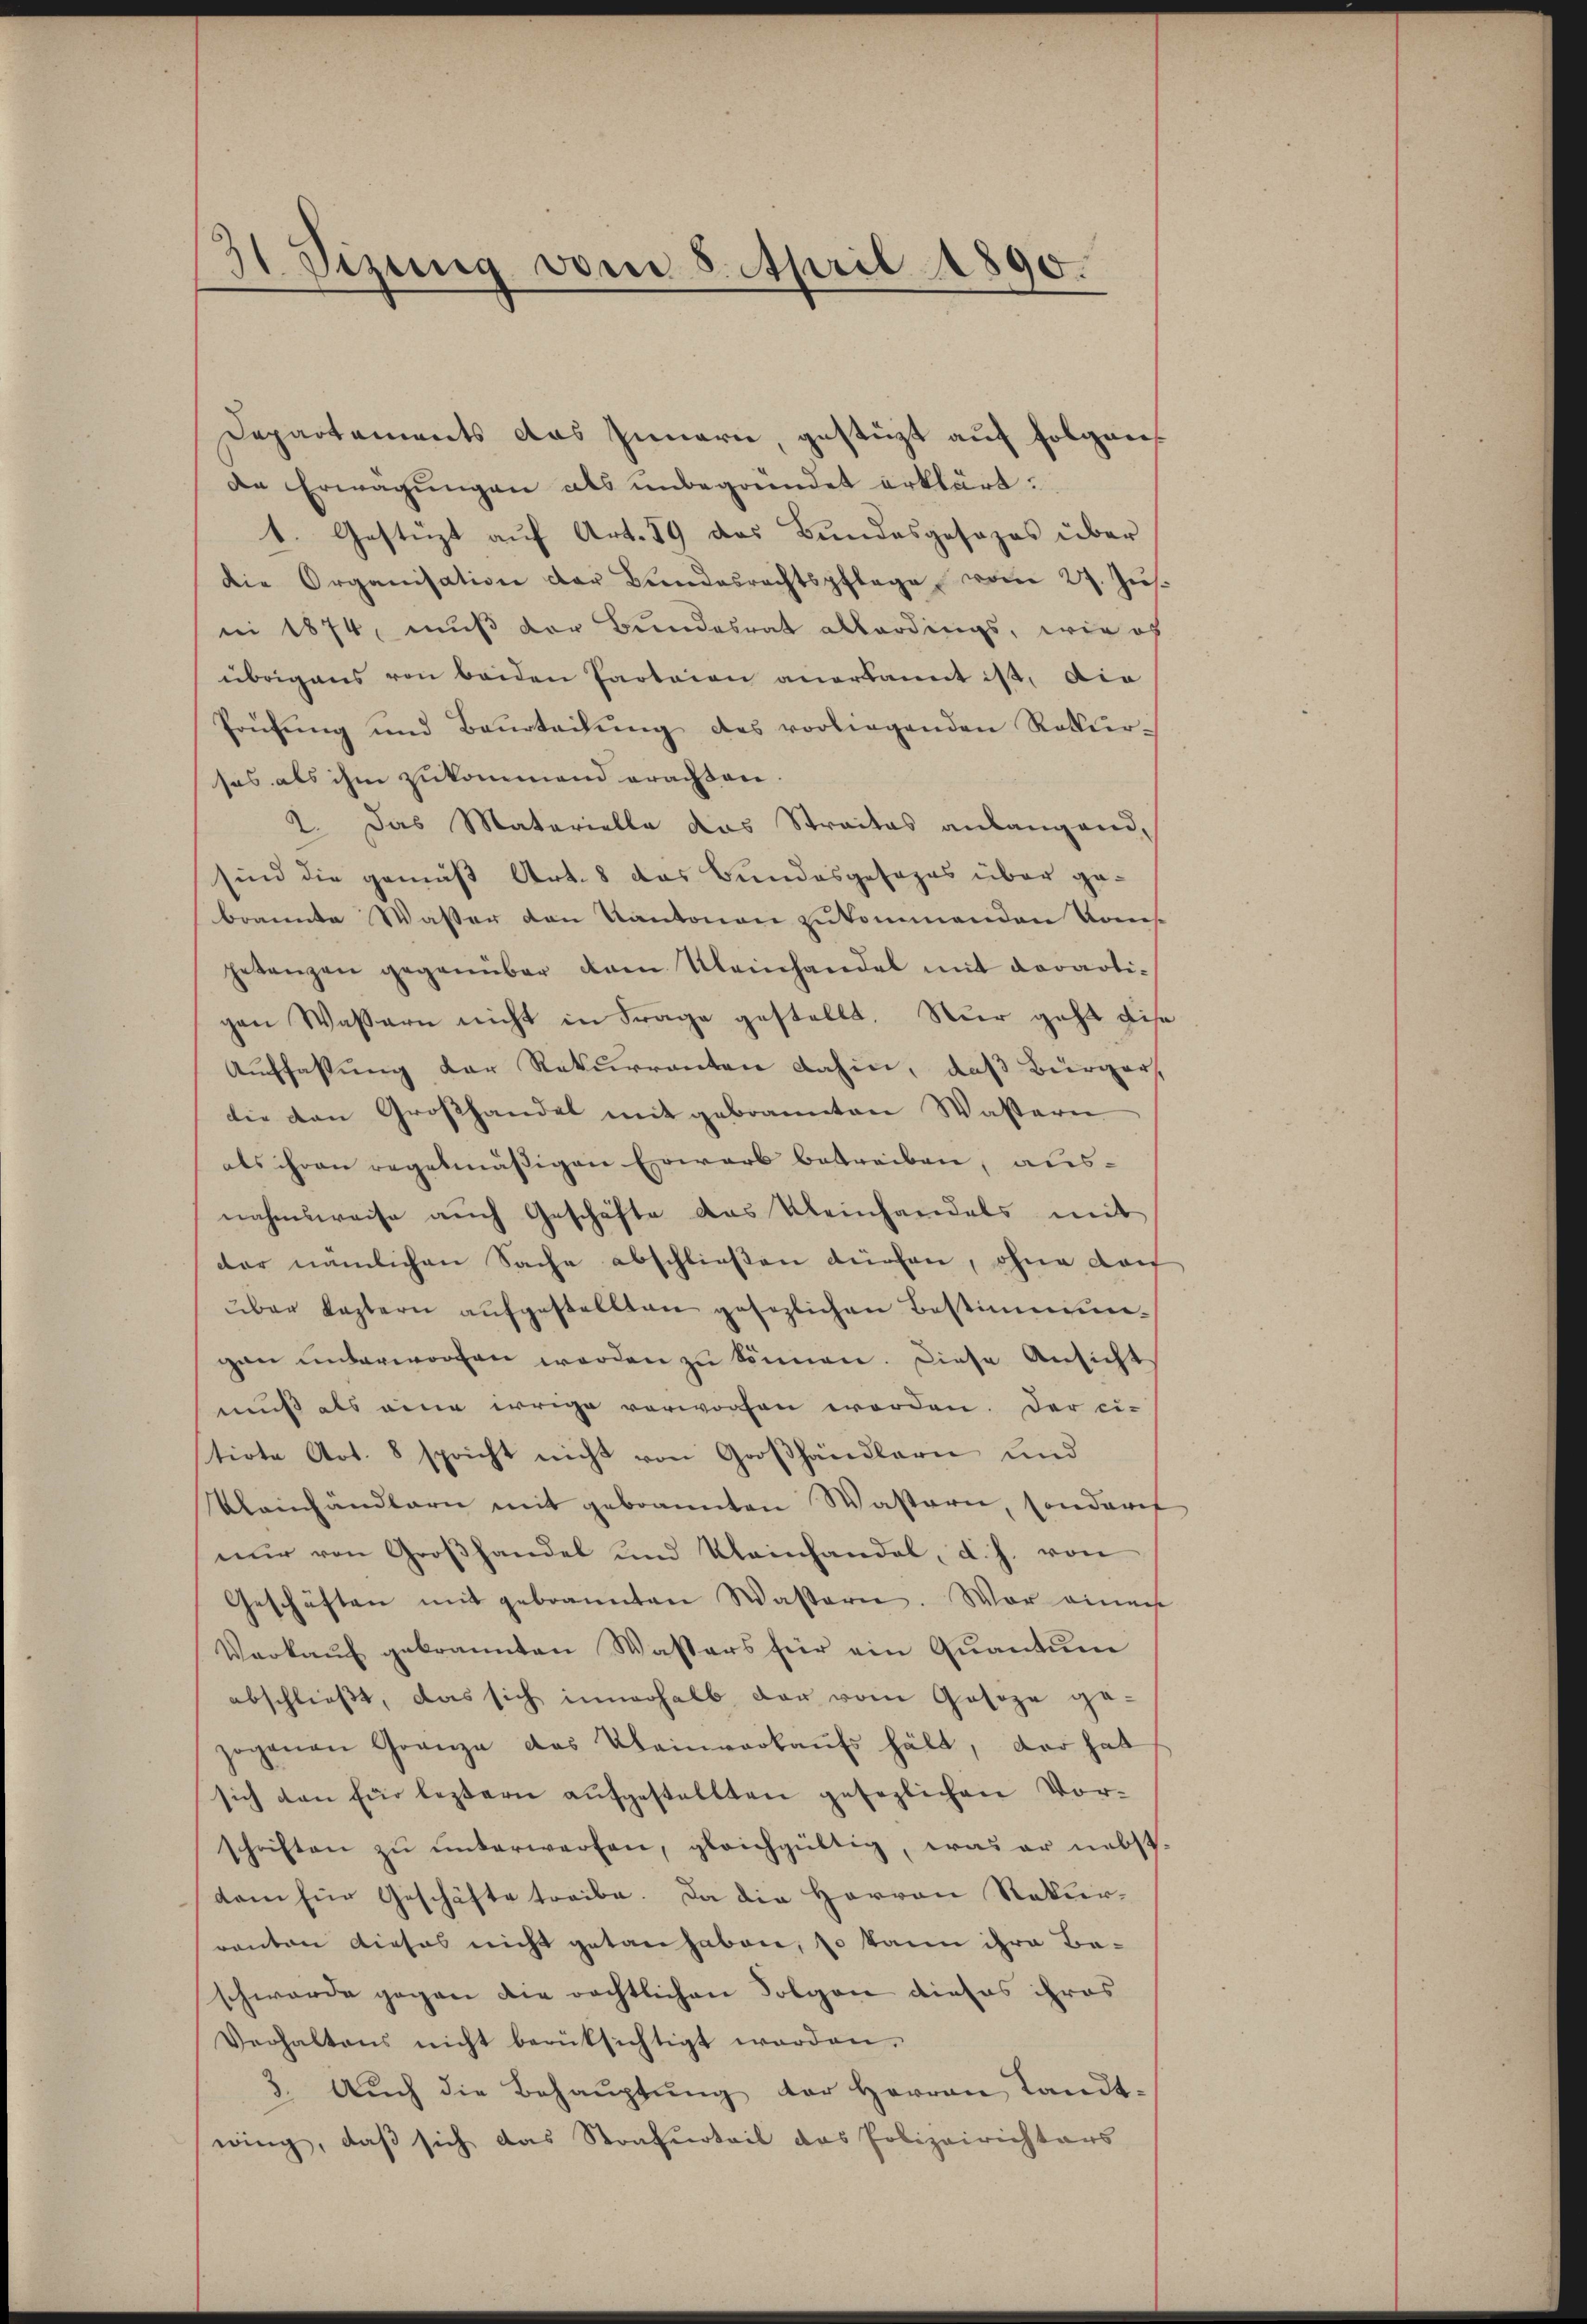
31 Sizung vom 8. April 1890.

Departements das Innern, gestüzt auf folgende Erwägungen als unbegründet erklärt:
1. Gestürzt auf Art. 59 das Bundesgesezes über
die Organisation der Bundesrechtspflege vom 27. Ju.
ni 1874, muß der Bundesrat allerdings, wie of
übrigens von beiden Paotaion anerkannt ist, die
Prüfŭng und Baŭrtadŭng des vorliegenden Rekŭr-
sas als ihm zukommend erachten.
2. Das Materielle das Straites anlangend,
sind die gemäß Art. 8 das Bundesgesezes über gebrannte Wasser den Kantonen zukommenden Kons.
getanzen gegenüber dam Kleinhandel mit derartigen Wassern nicht in Frage gestellt. Nur geht dis
Auffassung der Rekurrenten dahin, daß Bürger,
die den Großhandel mit gebrannten Wassern
als ihren regelmäßigen Erwarb betreiben, ausnahmsweise aŭch Geschäfte das Kleinhandels mit
der nämlichen Sache abschließen dürfen, ohne doch
über leztern aŭfgestellten gesezlichen Bestimmungen unterworfen worden zu können. Diese Ansicht
muß als eine irrige verworfen worden. Der ei-
tirte Art. 8 spricht nicht von Großhändlern und
Kleinhändlern mit gebrannten Wastern, sonderet
nur von Großhandel und Kleinhandel, d. h. von
Geschäften mit gebrannten Wassern. War einer
Verkaŭf gebrannten Wassers für ein Quantum
abschließt, das sich innerhalb der vom Geseze ge-
zogenen Granze des Kleinverkaŭfs hält, der hat
sich den für leztern aŭfgestellten gesezlichen Vor-
schriften zŭ ŭnterwerfen, gleichgültig, was er nebst
dam für Geschäfte treibe. Da die Herren Rekurranten dieses nicht getan haben, so kann ihre Baschwerde gegen die rechtlichen Folgen dieses ihres
Verhaltens nicht berüksichtigt worden.
3. Aŭch die Behaŭptŭng der Herren Landt-
wing, daß sich das Strafurteil das Polizeirichters